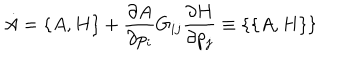
\dot { A } = \{ A , H \} + { \frac { \partial A } { \partial p _ { i } } } G _ { i j } { \frac { \partial H } { \partial p _ { j } } } \equiv \{ \{ A , H \} \}